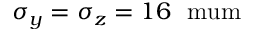
\sigma _ { y } = \sigma _ { z } = 1 6 ~ \mathrm { \ m u m }